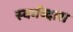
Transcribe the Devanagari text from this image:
स्वर्गव्दारा